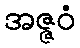
အဇ္ဇဝံ